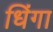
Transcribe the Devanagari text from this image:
धिंगा